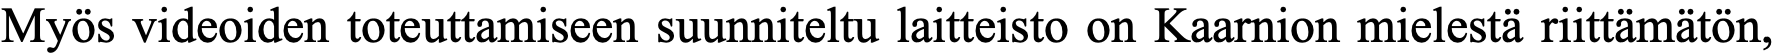
Myös videoiden toteuttamiseen suunniteltu laitteisto on Kaarnion mielestä riittämätön,